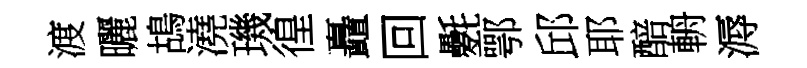
渡曬鴣澆璣徨矗回氎鄂邱耶醅輈溽